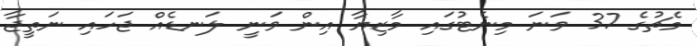
މެޗުގެ 37 ވަނަ މިނެޓުގައި މާޒިޔާ އިން ވަނީ ލަނޑެއް ޖަހައި ނަތީޖާ